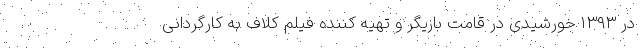
در ۱۳۹۳ خورشیدی در قامت بازیگر و تهیه کننده فیلم کلاف به کارگردانی